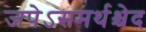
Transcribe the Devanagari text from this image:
जपेऽसमर्थश्चेद